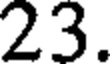
23.